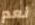
نعم